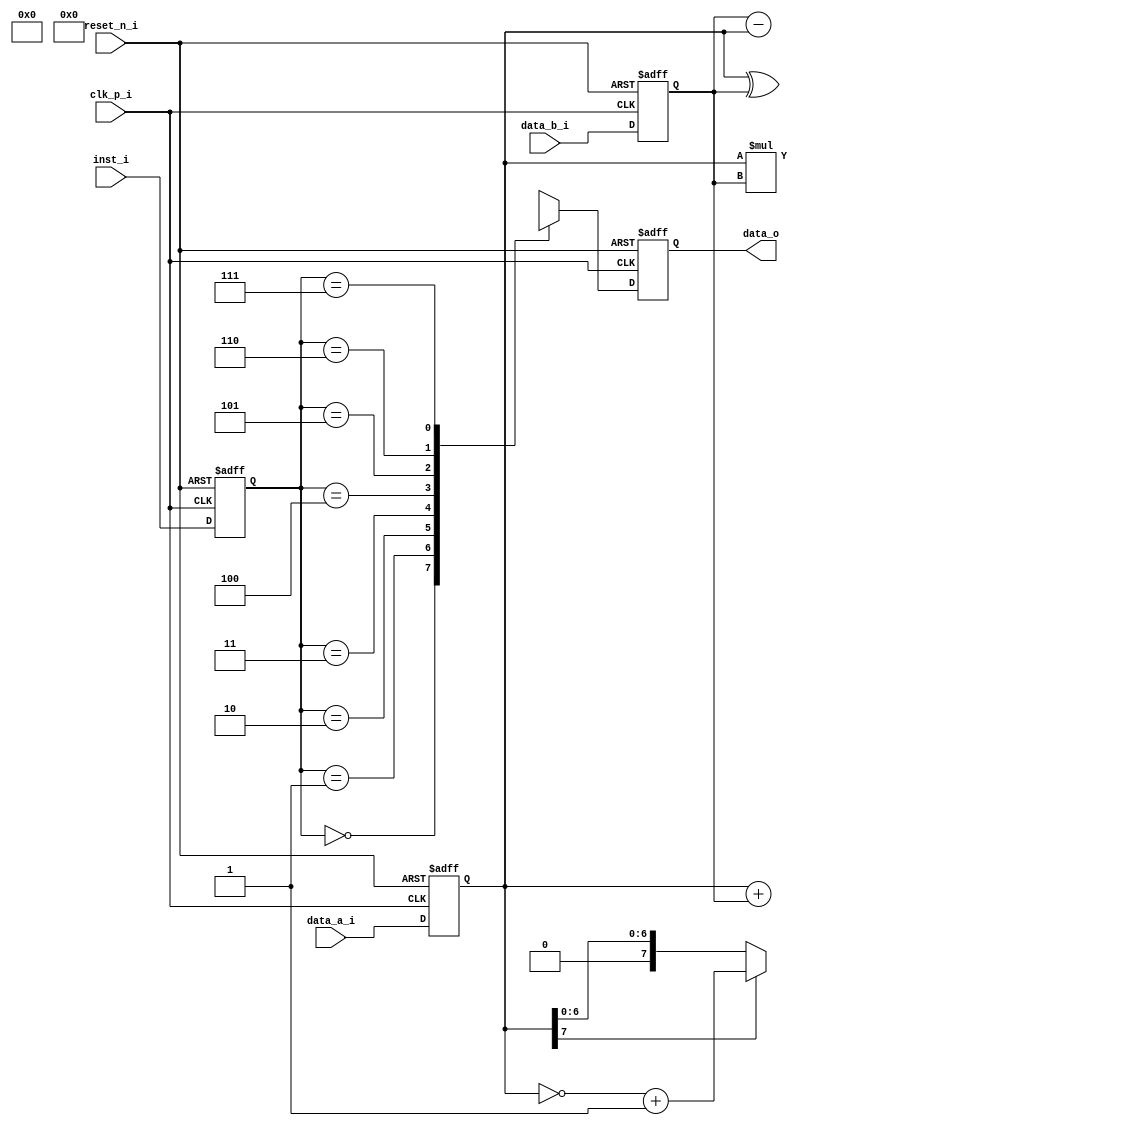
module alu(
             clk_p_i,
             reset_n_i,
             data_a_i,
             data_b_i,
             inst_i,
             data_o
             );
  /* ============================================ */
      input           clk_p_i;
      input           reset_n_i;
      input   [7:0]   data_a_i;
      input   [7:0]   data_b_i;
      input   [2:0]   inst_i;

      output  [15:0]  data_o;

  /* ============================================ */
      wire    [15:0]  out_inst_0;
      wire    [15:0]  out_inst_1;
      wire    [15:0]  out_inst_2;
      wire    [15:0]  out_inst_3;
      wire    [15:0]  out_inst_4;
      wire    [15:0]  out_inst_5;
      wire    [15:0]  out_inst_6;
      wire    [15:0]  out_inst_7;

      reg     [15:0]  ALU_out_inst;
      wire    [15:0]  ALU_d2_w;

      reg     [15:0]  ALU_d2_r;
      
      reg     [7:0]   reg_data_a;
      reg     [7:0]   reg_data_b;
      reg     [2:0]   reg_inst;
      wire    [15:0]  reg_subtraction;

      assign ALU_d2_w = ALU_out_inst;
      assign data_o   = ALU_d2_r;
  
      assign out_inst_0 = {8'b0 , reg_data_a[7:0]} + {8'b0 , reg_data_b[7:0]};
      assign out_inst_1 = {8'b0 , reg_data_b[7:0]} - {8'b0 , reg_data_a[7:0]};
      assign out_inst_2 = {8'b0 , reg_data_a[7:0]} * {8'b0 , reg_data_b[7:0]};
      assign out_inst_3[15:8] = 8'b0;
      assign out_inst_3[ 7:0] = ~reg_data_a[7:0];
      assign out_inst_4[15:8] = 8'b0;
      assign out_inst_4[ 7:0] = reg_data_a[7:0] ^ reg_data_b[7:0];
      assign out_inst_5[15:8] = 8'b0;
      assign out_inst_5[ 7:0] = reg_data_a[7] ? ~reg_data_a[ 7:0]+1 : reg_data_a[ 7:0];
      assign reg_subtraction  = {8'b0 , reg_data_b[7:0]} - {8'b0 , reg_data_a[7:0]};
      assign out_inst_6 = {reg_subtraction[15] , reg_subtraction[15:1]};

  /* ============================================ */
  // The output MUX
      always@ (*)
      begin
          case(reg_inst)
           3'b000:    ALU_out_inst = out_inst_0;           
           3'b001:    ALU_out_inst = out_inst_1;
           3'b010:    ALU_out_inst = out_inst_2;
           3'b011:    ALU_out_inst = out_inst_3;
           3'b100:    ALU_out_inst = out_inst_4;
           3'b101:    ALU_out_inst = out_inst_5;
           3'b110:    ALU_out_inst = out_inst_6;
           3'b111:    ALU_out_inst = out_inst_7;
           default:   ALU_out_inst = 0;
          endcase
      end

  /* ============================================ */
      always@(posedge clk_p_i or negedge reset_n_i)
      begin
          if (reset_n_i == 1'b0)
          begin
              reg_inst   <= 8'd0;
              reg_data_a <= 8'd0;
              reg_data_b <= 8'd0;
              ALU_d2_r   <= 16'd0;
          end
          else
          begin
              ALU_d2_r   <= ALU_d2_w;
              reg_inst   <= inst_i;
              reg_data_a <= data_a_i;
              reg_data_b <= data_b_i;
          end
      end
  /* ============================================ */

endmodule